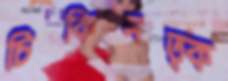
চিকিসত্ক